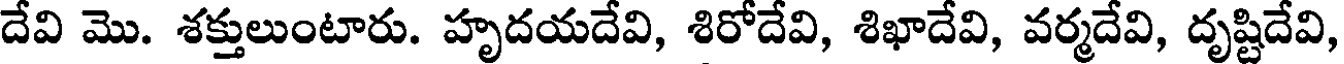
దేవి మొ. శక్తులుంటారు. హృదయదేవి, శిరోదేవి, శిఖాదేవి, వర్మదేవి, దృష్టిదేవి,